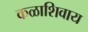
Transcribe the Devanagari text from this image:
कळाशिवाय